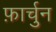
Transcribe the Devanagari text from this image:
फ़ार्चुन